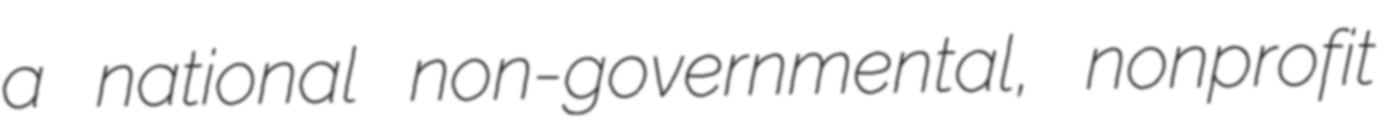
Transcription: a national non-governmental, nonprofit